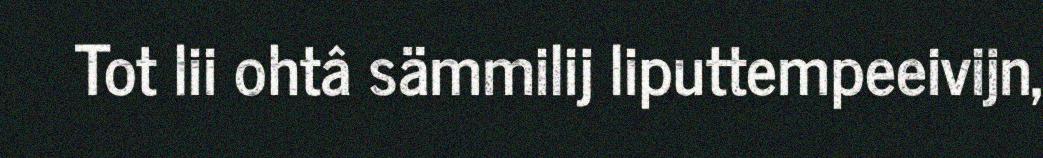
Tot lii ohtâ sämmilij liputtempeeivijn,